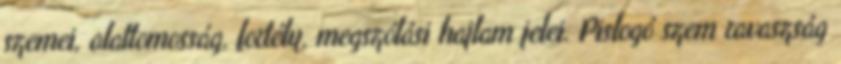
szemei, alattomosság, fortély, megszólási hajlam jelei. Pislogó szem ravaszság